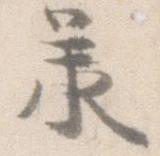
承